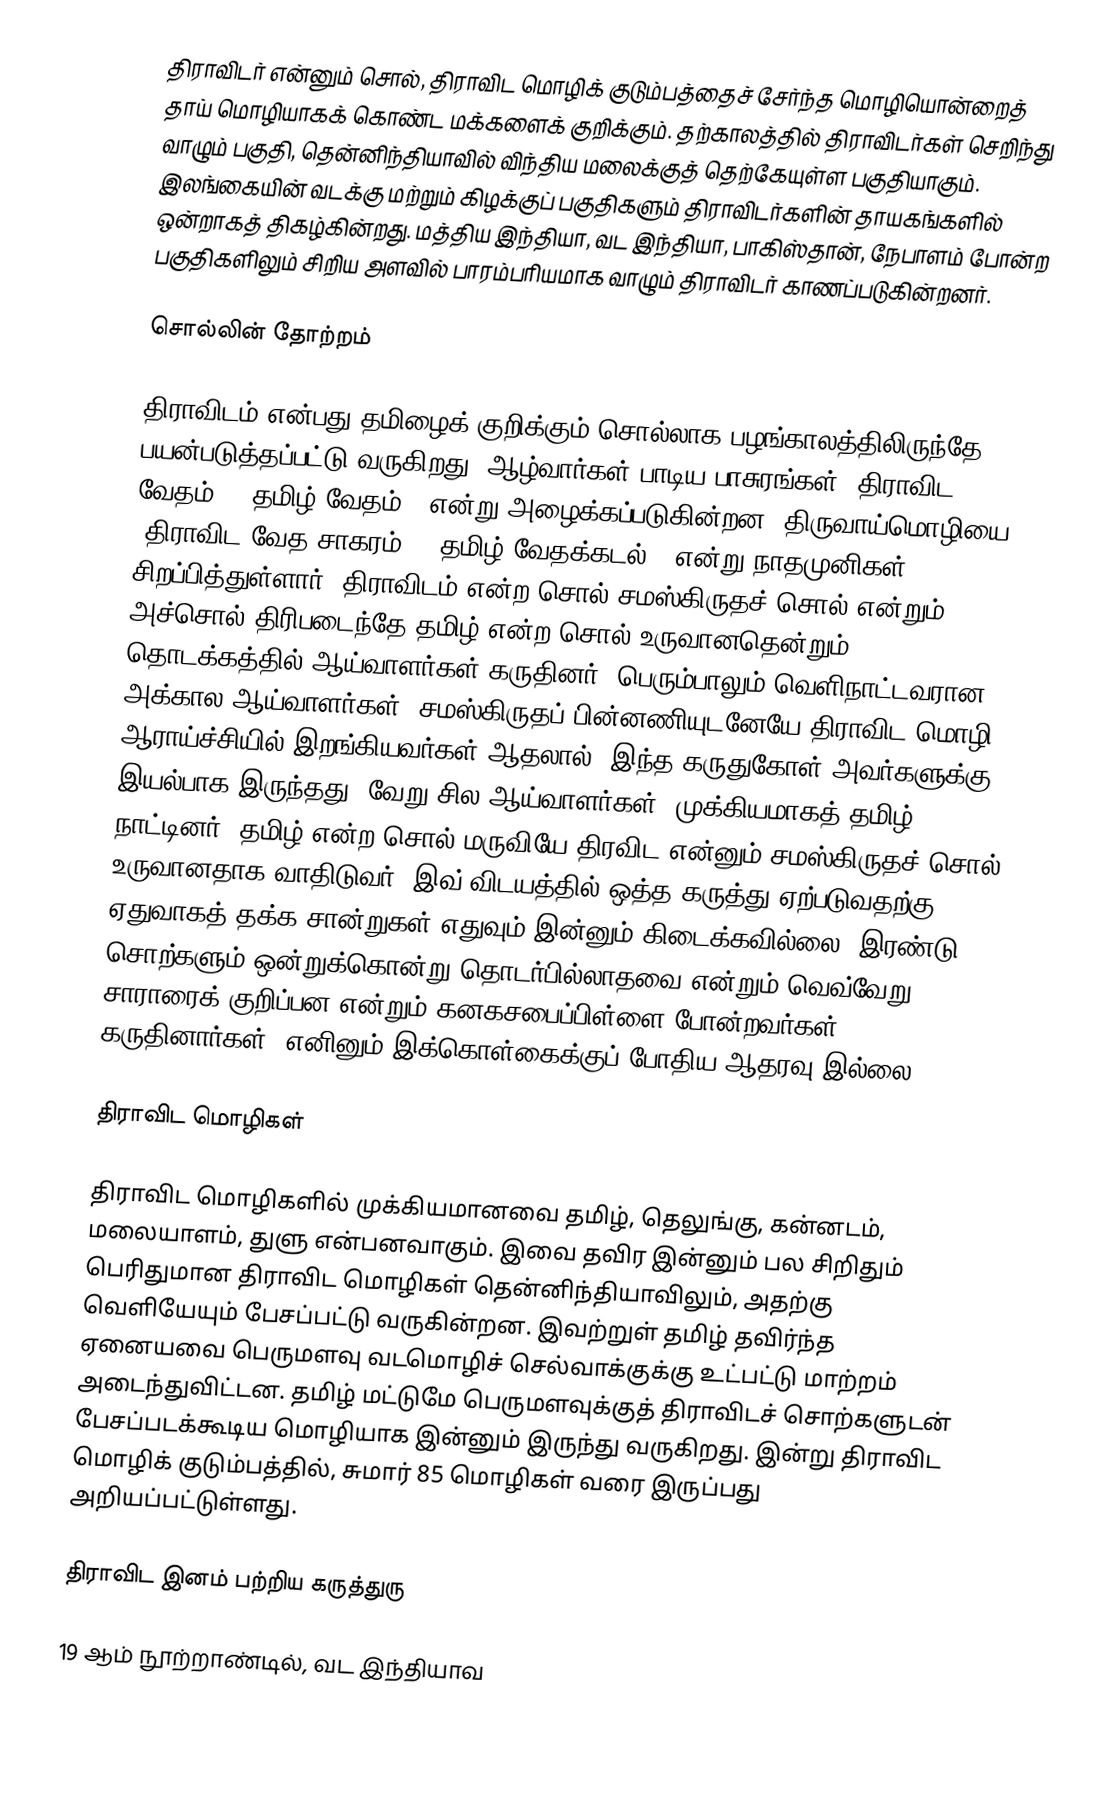
திராவிடர் என்னும் சொல், திராவிட மொழிக் குடும்பத்தைச் சேர்ந்த மொழியொன்றைத் தாய் மொழியாகக் கொண்ட மக்களைக் குறிக்கும். தற்காலத்தில் திராவிடர்கள் செறிந்து வாழும் பகுதி, தென்னிந்தியாவில் விந்திய மலைக்குத் தெற்கேயுள்ள பகுதியாகும். இலங்கையின் வடக்கு மற்றும் கிழக்குப் பகுதிகளும் திராவிடர்களின் தாயகங்களில் ஒன்றாகத் திகழ்கின்றது. மத்திய இந்தியா, வட இந்தியா, பாகிஸ்தான், நேபாளம் போன்ற பகுதிகளிலும் சிறிய அளவில் பாரம்பரியமாக வாழும் திராவிடர் காணப்படுகின்றனர்.

சொல்லின் தோற்றம்

திராவிடம் என்பது தமிழைக் குறிக்கும் சொல்லாக பழங்காலத்திலிருந்தே பயன்படுத்தப்பட்டு வருகிறது. ஆழ்வார்கள் பாடிய பாசுரங்கள் 'திராவிட வேதம்' ('தமிழ் வேதம்') என்று அழைக்கப்படுகின்றன. திருவாய்மொழியை 'திராவிட வேத சாகரம்' ('தமிழ் வேதக்கடல்') என்று நாதமுனிகள் சிறப்பித்துள்ளார். திராவிடம் என்ற சொல் சமஸ்கிருதச் சொல் என்றும் அச்சொல் திரிபடைந்தே தமிழ் என்ற சொல் உருவானதென்றும் தொடக்கத்தில் ஆய்வாளர்கள் கருதினர். பெரும்பாலும் வெளிநாட்டவரான அக்கால ஆய்வாளர்கள், சமஸ்கிருதப் பின்னணியுடனேயே திராவிட மொழி ஆராய்ச்சியில் இறங்கியவர்கள் ஆதலால், இந்த கருதுகோள் அவர்களுக்கு இயல்பாக இருந்தது. வேறு சில ஆய்வாளர்கள், முக்கியமாகத் தமிழ் நாட்டினர், தமிழ் என்ற சொல் மருவியே திரவிட என்னும் சமஸ்கிருதச் சொல் உருவானதாக வாதிடுவர். இவ் விடயத்தில் ஒத்த கருத்து ஏற்படுவதற்கு ஏதுவாகத் தக்க சான்றுகள் எதுவும் இன்னும் கிடைக்கவில்லை. இரண்டு சொற்களும் ஒன்றுக்கொன்று தொடர்பில்லாதவை என்றும் வெவ்வேறு சாராரைக் குறிப்பன என்றும் கனகசபைப்பிள்ளை போன்றவர்கள் கருதினார்கள். எனினும் இக்கொள்கைக்குப் போதிய ஆதரவு இல்லை.

திராவிட மொழிகள்

திராவிட மொழிகளில் முக்கியமானவை தமிழ், தெலுங்கு, கன்னடம், மலையாளம், துளு என்பனவாகும். இவை தவிர இன்னும் பல சிறிதும் பெரிதுமான திராவிட மொழிகள் தென்னிந்தியாவிலும், அதற்கு வெளியேயும் பேசப்பட்டு வருகின்றன. இவற்றுள் தமிழ் தவிர்ந்த ஏனையவை பெருமளவு வடமொழிச் செல்வாக்குக்கு உட்பட்டு மாற்றம் அடைந்துவிட்டன. தமிழ் மட்டுமே பெருமளவுக்குத் திராவிடச் சொற்களுடன் பேசப்படக்கூடிய மொழியாக இன்னும் இருந்து வருகிறது. இன்று திராவிட மொழிக் குடும்பத்தில், சுமார் 85 மொழிகள் வரை இருப்பது அறியப்பட்டுள்ளது.

திராவிட இனம் பற்றிய கருத்துரு

19 ஆம் நூற்றாண்டில், வட இந்தியாவ